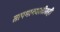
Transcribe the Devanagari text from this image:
तापमानवाढीतही